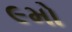
૯મો